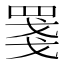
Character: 𦋈